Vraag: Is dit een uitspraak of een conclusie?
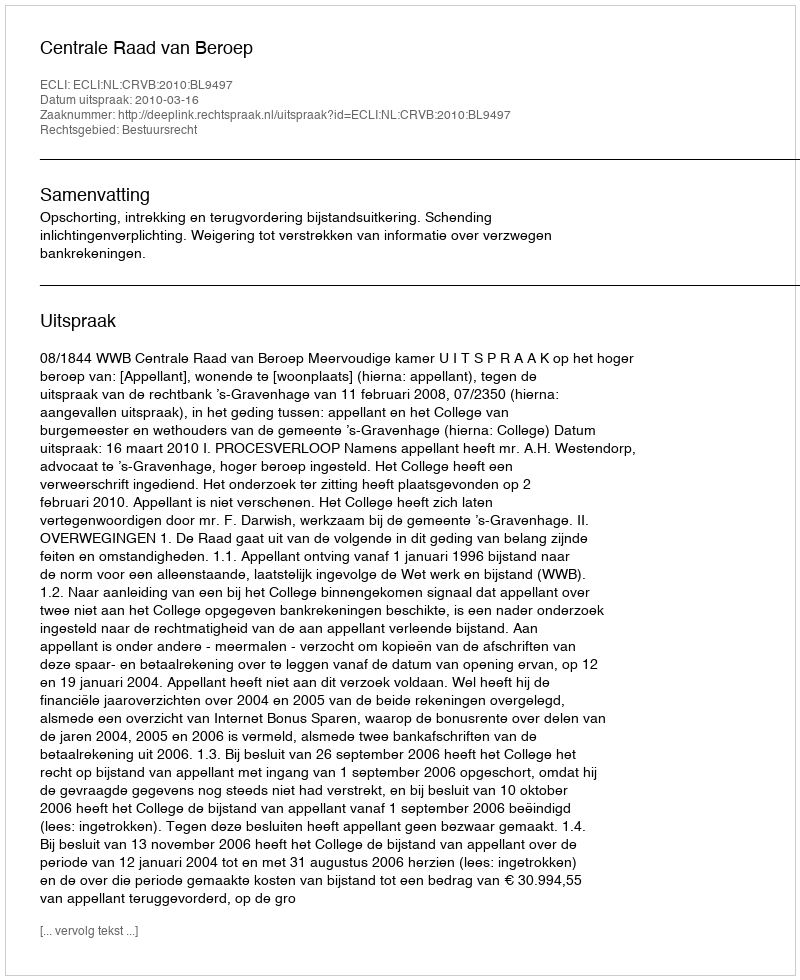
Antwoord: Uitspraak